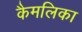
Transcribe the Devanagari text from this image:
कैमलिका